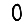
Digit: 0